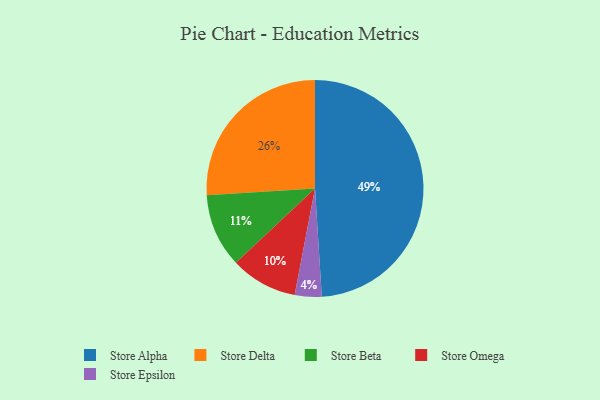
{"axis": {"x": "Category", "y": "Percentage"}, "legend": ["Store Alpha", "Store Beta", "Store Delta", "Store Epsilon", "Store Omega"], "data": [{"x": "Store Alpha", "y": 49, "type": "Store Alpha"}, {"x": "Store Epsilon", "y": 4, "type": "Store Epsilon"}, {"x": "Store Delta", "y": 26, "type": "Store Delta"}, {"x": "Store Beta", "y": 11, "type": "Store Beta"}, {"x": "Store Omega", "y": 10, "type": "Store Omega"}]}